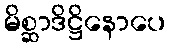
မိစ္ဆာဒိဋ္ဌိနောပေ